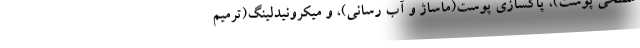
سطحی پوست)، پاکسازی پوست(ماساژ و آب رسانی)، و میکرونیدلینگ(ترمیم